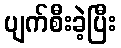
ပျက်စီးခဲ့ပြီး